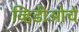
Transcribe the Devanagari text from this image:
व्हिडीओचे